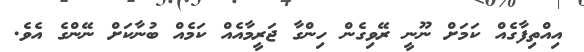
އިއްތިފާގެއް ކަމަށް ނޫނީ ރޭވިގެން ހިންގާ ޖަރީމާއެއް ކަމެއް ބުނާކަށް ނޭންގެ އެވެ.